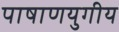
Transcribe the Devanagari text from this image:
पाषाणयुगीय